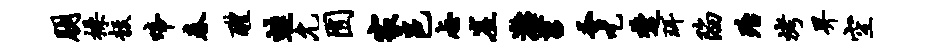
朋操彀啼春醴蛙允囿家邑忐崖漓苕蚤吃楚珥陷殆烤畀空